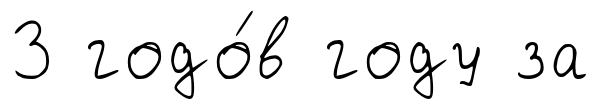
3 годо́в году за